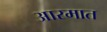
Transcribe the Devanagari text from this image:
आरमात